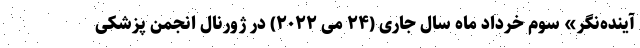
آینده‌نگر» سوم خرداد ماه سال جاری (۲۴ می ۲۰۲۲) در ژورنال انجمن پزشکی